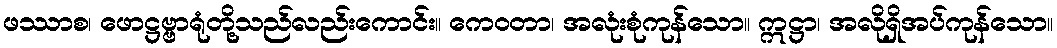
ဖဿာစ၊ ဖောဋ္ဌဗ္ဗာရုံတို့သည်လည်းကောင်း။ ကေဝတာ၊ အလုံးစုံကုန်သော။ ဣဋ္ဌာ၊ အလိုရှိအပ်ကုန်သော။